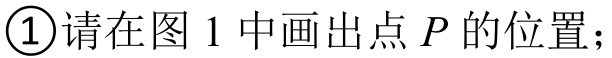
\textcircled{1}请在图1中画出点\(P\)的位置；